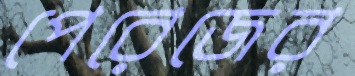
পেরেজের